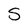
Character: S